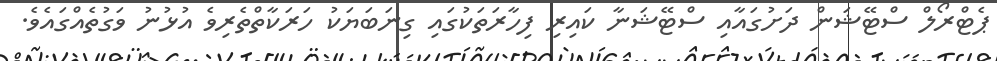
ޕެޓްރޯލް ސްޓޭޝަން ދަށުގައާއި ސްޓޭޝަނާ ކައިރި ފިހާރަތަކުގައި ގިނަބަޔަކު ހަރަކާތްތެރިވެ އުޅުނު ވަގުތެއްގައެވެ.